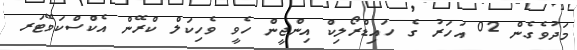
މަދުވެގެން 02 އަހަރު ގެ ހައިޑްރޯލިކް އިންޖީން ހެވީ ވެހިކަލް ކްރޭން އެކްސްކަވޭޓަރ